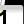
Digit: 1